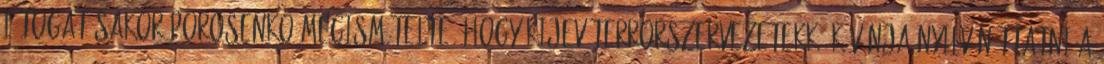
látogatásakor Porosenko megismételte, hogy Kijev terrorszervezetekké kívánja nyilváníttatni a